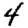
Digit: 4